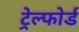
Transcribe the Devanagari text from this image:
ट्रेल्फोर्ड